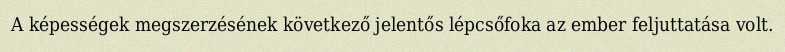
A képességek megszerzésének következő jelentős lépcsőfoka az ember feljuttatása volt.